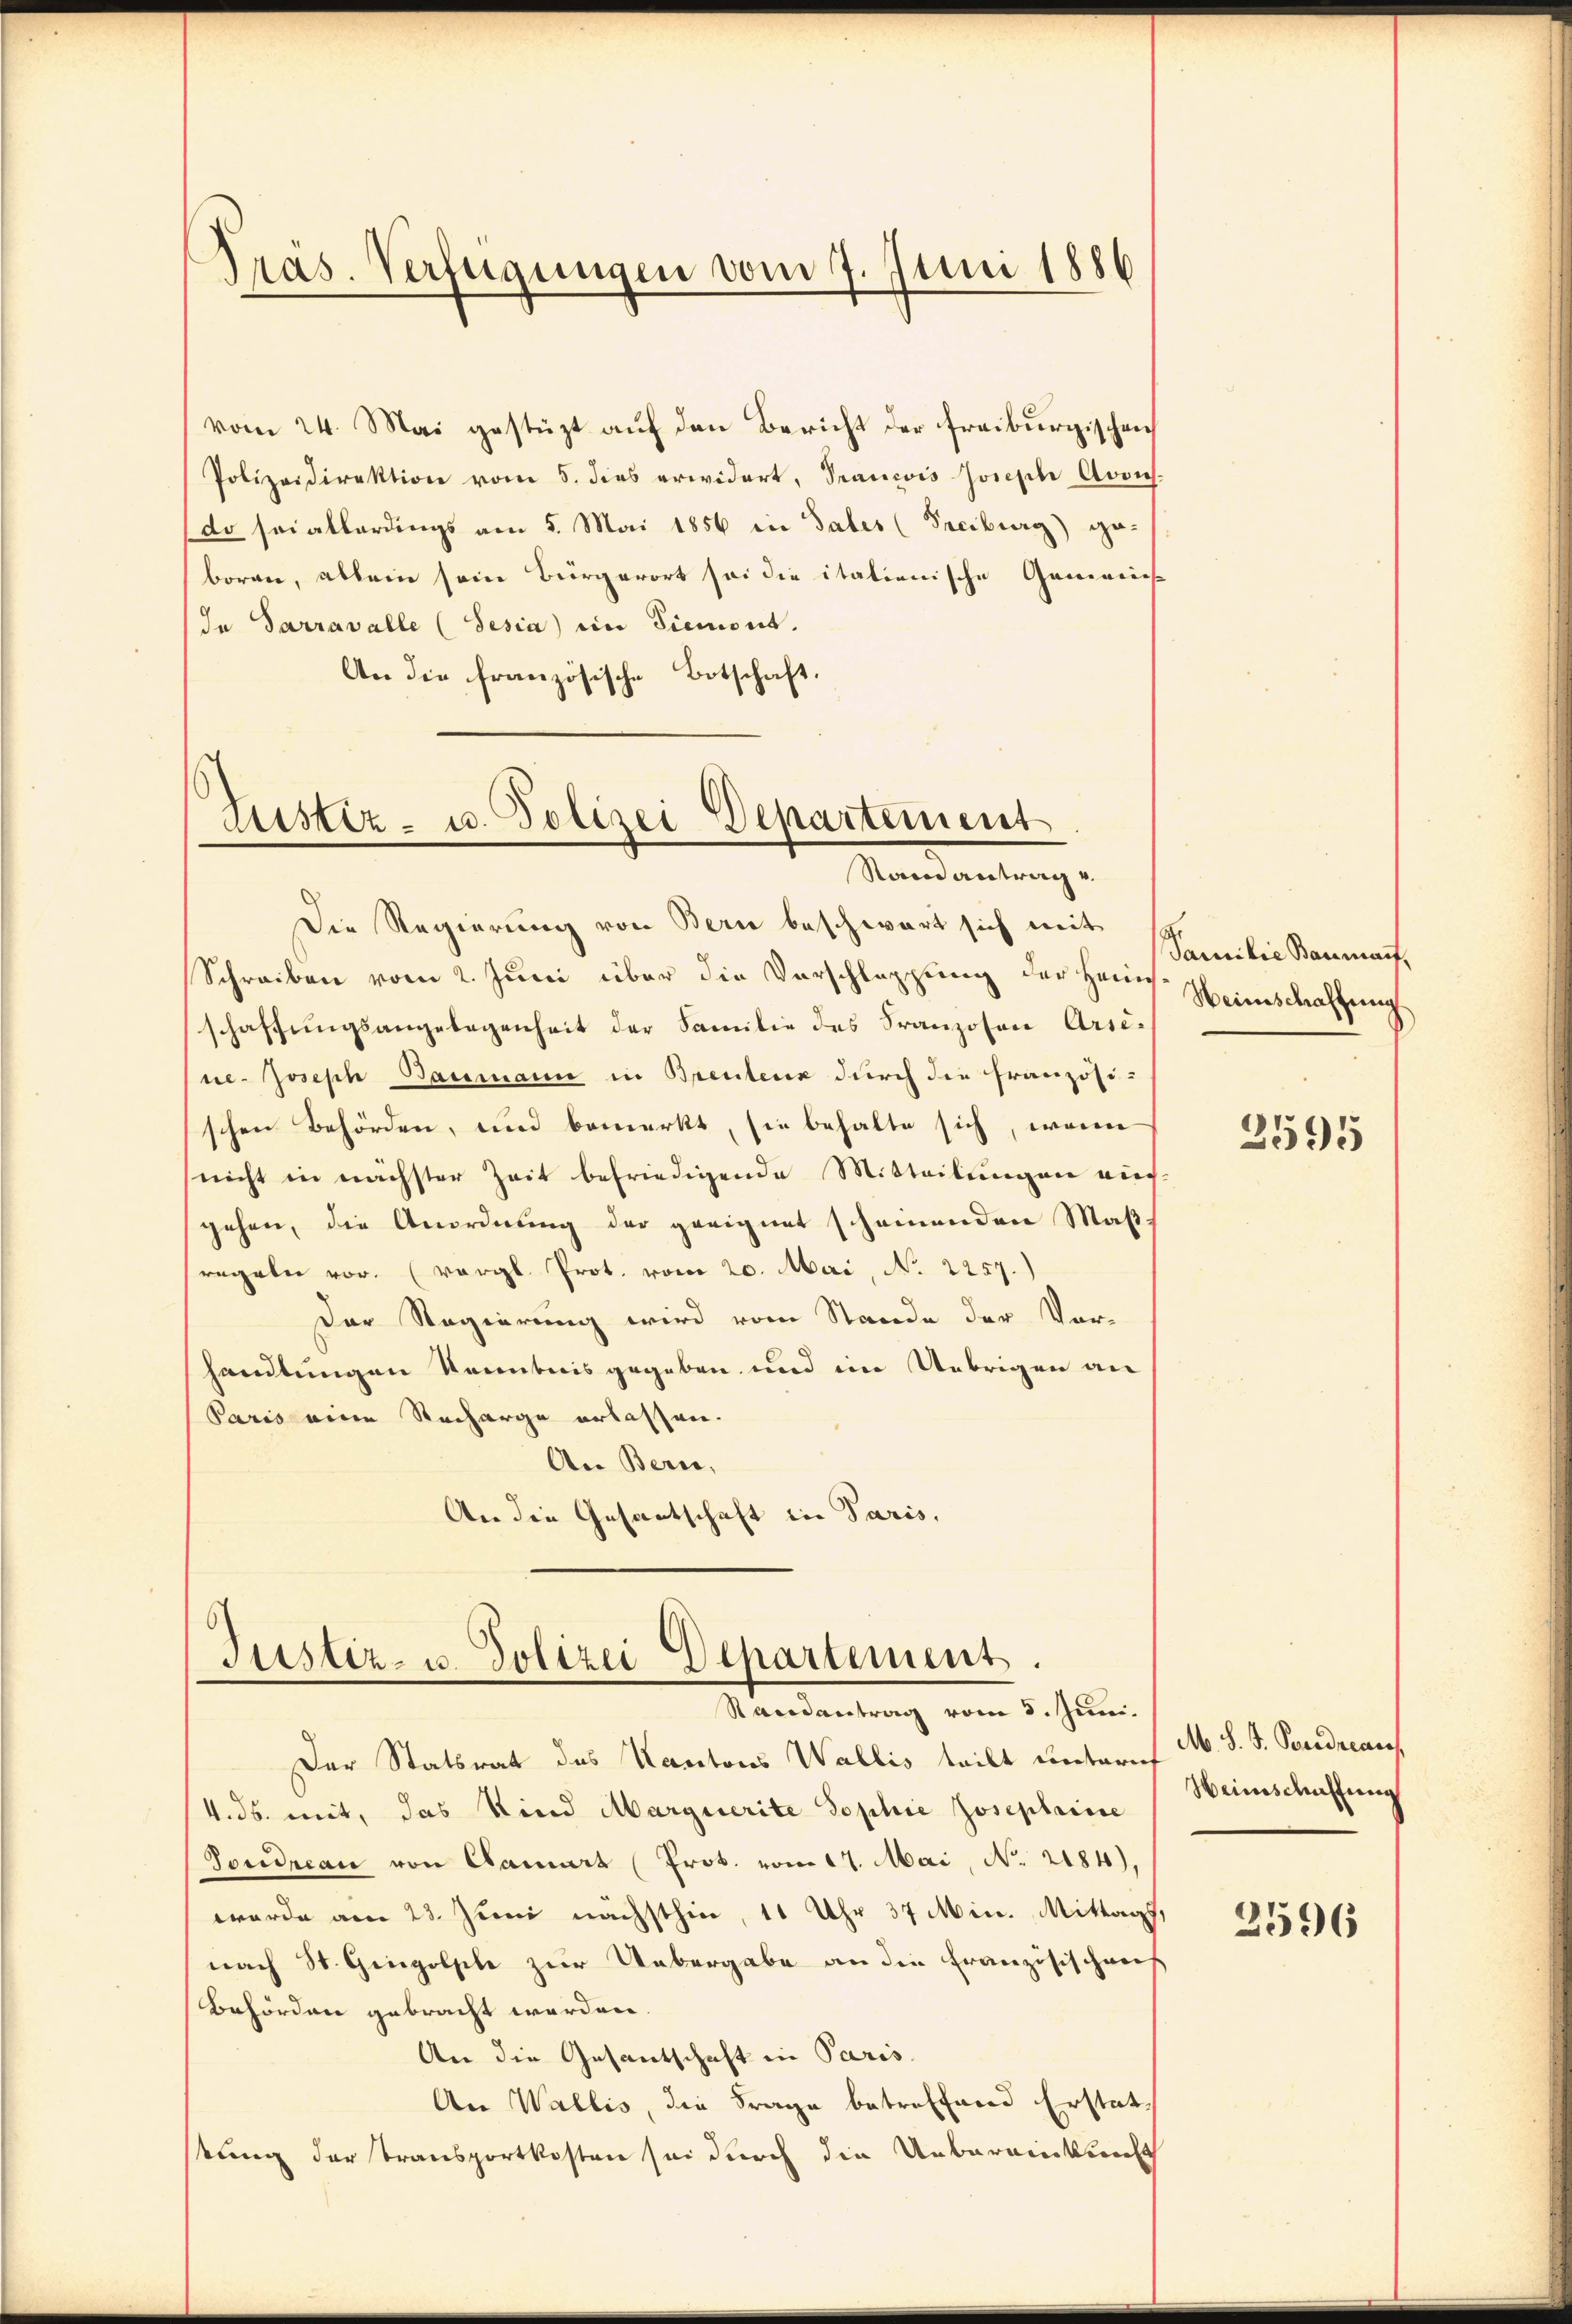
Präs. Verfügungen vom 7. Juni 1886

vom 24. Mai gestüzt aŭf den Bericht der freiburgischen
Polizeidirektion vom 5. dies erwidert, Prancis Joseph Aovich.
do sei allerdings am 5. Mai 1856 in Tales (Freiburg) ge-
boren, allein sein Bürgerort sei die italienische Gemeins
In Sarravalle (Tesia in Piemont.
An die französische Botschaft.

Justiz- u. Polizei Departement
Stain antrag u.

Die Regierung von Bern beschwart sich mit
Schreiben vom 2. Juni über die Vorschlappung der Heim
schaffungsangelegenheit der Familie des Franzosen Arsese-Joseph Baumann in Brentenz durch die französi-
schen Behörden, und bemerkt, sie behalte sich, wenn
nicht in nächster Zeit befriedigende Mitteilungen auch
gehen, die Anordnung der geeignet scheinenden Maßregeln vor. (vergl. Prot. vom 20. Mai, No 2257.)
Der Regierung wird vom Stande der Vor-
handlungen Kenntnis gegeben und ein Uebrigen an
Paris eine Recharge erlassen.
An Bern,
An die Gesantschaft in Paris,

Justiz- u. Polizei Departement
Randantrag vom 8. Juni.

Der Statsrat des Kantons Wallis teilt unterich
4.ds. mit, das Kind Marquerite Sophie Josephine
Toudecan von Canart (Prok. vom 17. Mai, No. 2184),
werde am 23. Juni nächsthin, 11 Uhr 37 Min. Mittags,
nach St. Gingolple zur Uebergabe an die Französischens
Behörden gebracht werden.
An die Gesantschaft in Paris.
An Wallis, die Frage betreffend Erstattung der Transportkosten sei durch die Uebereinkunft

Familie Baumauf,
Weinschaffung

2595

M. S. S. Pendreaus
Heimschaffung

2596